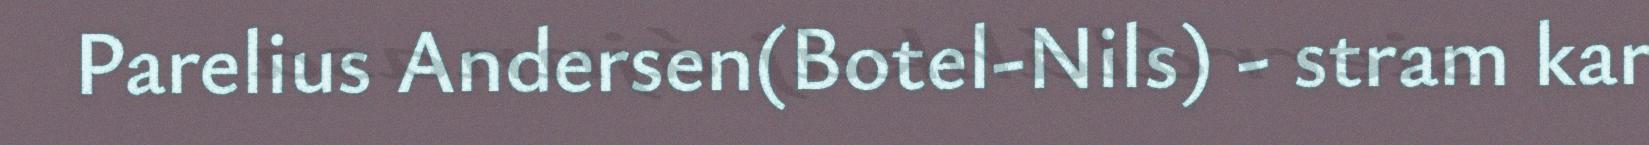
Parelius Andersen(Botel-Nils) - stram kar